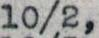
10/2,